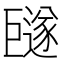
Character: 𪩩